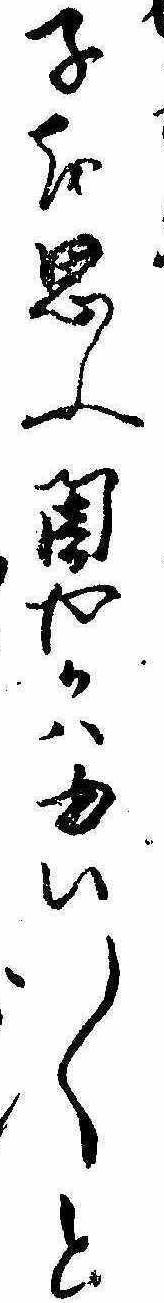
子を思ふ闇やかはゆい〱と